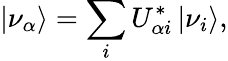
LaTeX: \left|\nu_{\alpha}\right\rangle=\sum_{i}U_{\alpha i}^{*}\left|\nu_{i}\right\rangle,